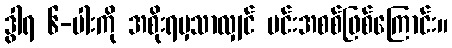
ဒွါရ ၆-ပါးကို အစိုးရမှသာလျှင် မင်းအစစ်ဖြစ်ကြောင်း။